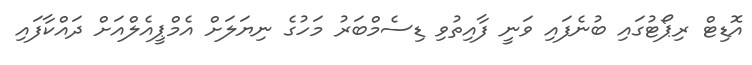
އޮޑިޓް ރިޕޯޓުގައި ބުނެފައި ވަނީ ފާއިތުވި ޑިސެމްބަރު މަހުގެ ނިޔަލަށް އެމްޕީއެލްއަށް ދައްކާފައި